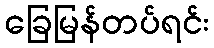
ခြေမြန်တပ်ရင်း